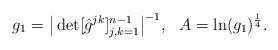
LaTeX: \begin{align*}g_1=\big|\det[\hat g^{jk}]_{j,k=1}^{n-1}\big|^{-1},\ \ A=\ln(g_1)^{\frac{1}{4}}.\end{align*}